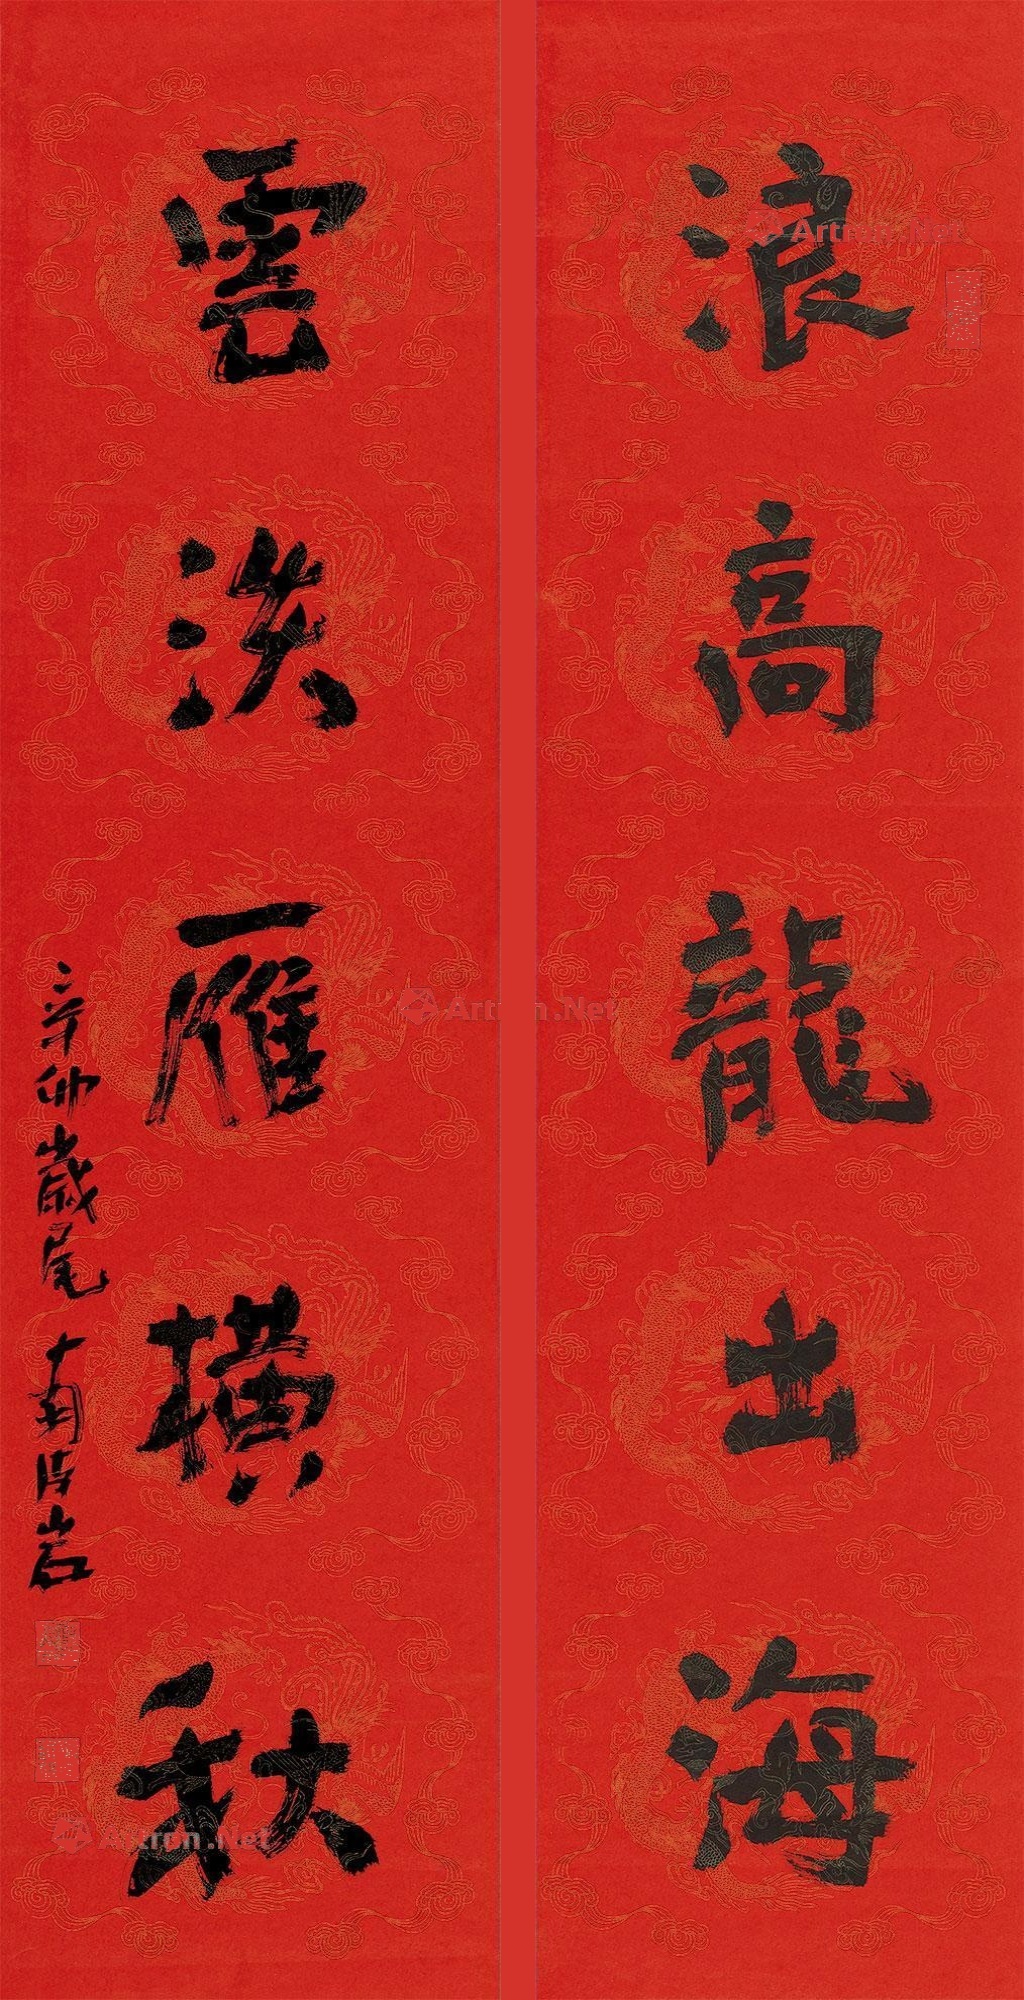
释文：浪高龙出海，云淡雁横秋。辛卯岁尾，南海岩。